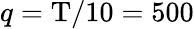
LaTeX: q=\mathrm{T}/10=500